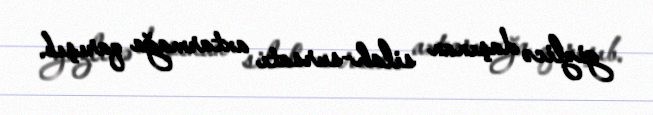
gizlicə daşınan silah-sursatı axtarmağa qarışıb.